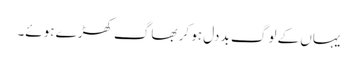
یہاں کے لوگ بد دل ہو کر بھاگ کھڑے ہوئے۔